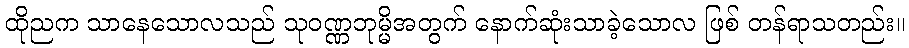
ထိုညက သာနေသောလသည် သုဝဏ္ဏဘုမ္မိအတွက် နောက်ဆုံးသာခဲ့သောလ ဖြစ် တန်ရာသတည်း။